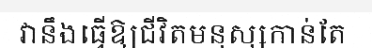
វានឹងធ្វើឱ្យជីវិតមនុស្សកាន់តែ